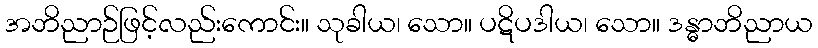
အဘိညာဉ်ဖြင့်လည်းကောင်း။ သုခါယ၊ သော။ ပဋိပဒါယ၊ သော။ ဒန္ဓာဘိညာယ